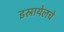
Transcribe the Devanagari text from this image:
इस्रायेलचे